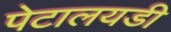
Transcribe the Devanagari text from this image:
पेटालयडी